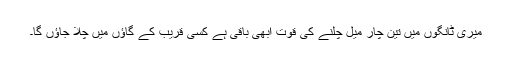
میری ٹانگوں میں تین چار میل چلنے کی قوت ابھی باقی ہے کسی قریب کے گاؤں میں چلا جاؤں گا۔